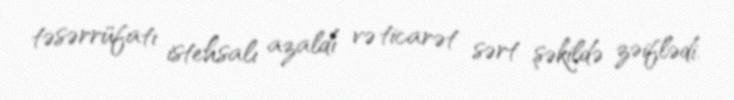
təsərrüfatı istehsalı azaldı və ticarət sərt şəkildə zəiflədi.